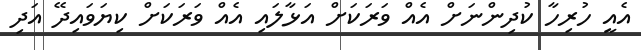
އެއީ ހުރިހާ ކުދިންނަށް އެއް ވަރަކަށް އަޅާލައި އެއް ވަރަކަށް ކިޔަވައިދޭ އަދި